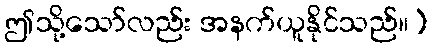
ဤသို့သော်လည်း အနက်ယူနိုင်သည်။)